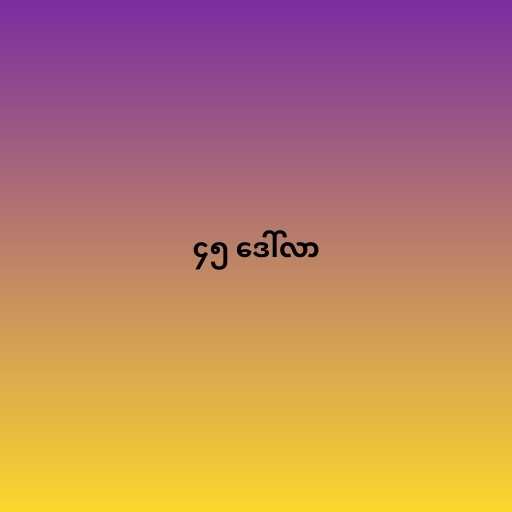
၄၅ ဒေါ်လာ